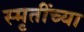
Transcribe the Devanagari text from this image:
स्मृतींच्या